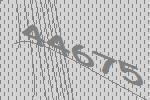
44675